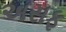
અસફ